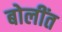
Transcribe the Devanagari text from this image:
बोलींत